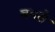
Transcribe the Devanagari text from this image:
बमसे